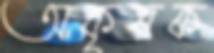
অকৃষক